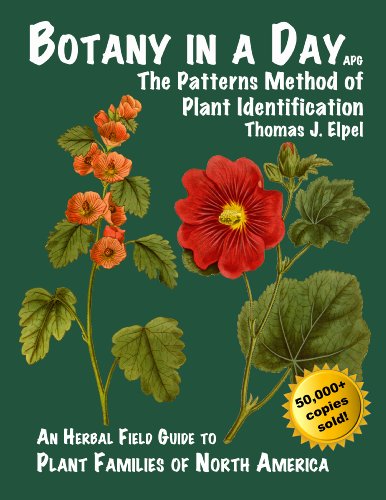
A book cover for Botany in a Day: The Patterns Method of Plant Identification; Thomas J. Elpel; Science & Math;